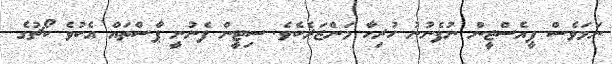
ނަމަވެސް ޕީއެސްޖީން ނުފެނުނު ހުރިހާ މަންޒަރެކެވެ. ސިޓީން ފެނުނީ ޕާސްތައް އެކުވެ ކޯޗުގެ